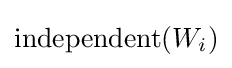
\operatorname {independent} (W_{i})